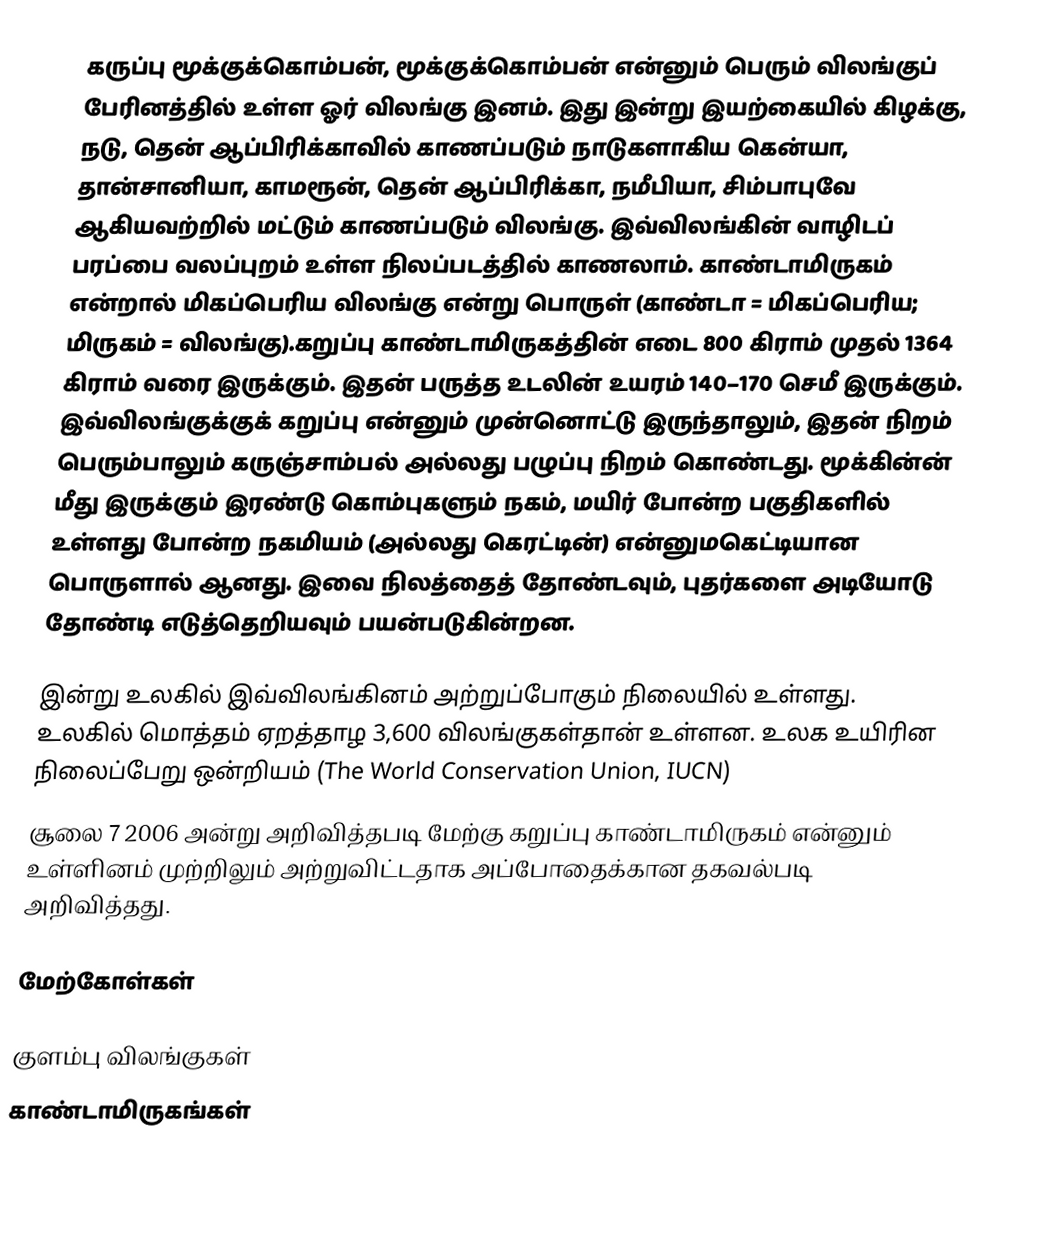
கருப்பு மூக்குக்கொம்பன், மூக்குக்கொம்பன் என்னும் பெரும் விலங்குப் பேரினத்தில் உள்ள ஓர் விலங்கு இனம். இது இன்று இயற்கையில் கிழக்கு, நடு, தென் ஆப்பிரிக்காவில் காணப்படும் நாடுகளாகிய கென்யா, தான்சானியா, காமரூன், தென் ஆப்பிரிக்கா, நமீபியா, சிம்பாபுவே ஆகியவற்றில் மட்டும் காணப்படும் விலங்கு. இவ்விலங்கின் வாழிடப் பரப்பை வலப்புறம் உள்ள நிலப்படத்தில் காணலாம். காண்டாமிருகம் என்றால் மிகப்பெரிய விலங்கு என்று பொருள் (காண்டா = மிகப்பெரிய; மிருகம் = விலங்கு).கறுப்பு காண்டாமிருகத்தின் எடை 800 கிராம் முதல் 1364 கிராம் வரை இருக்கும். இதன் பருத்த உடலின் உயரம் 140–170 செமீ இருக்கும். இவ்விலங்குக்குக் கறுப்பு என்னும் முன்னொட்டு இருந்தாலும், இதன் நிறம் பெரும்பாலும் கருஞ்சாம்பல் அல்லது பழுப்பு நிறம் கொண்டது. மூக்கின்ன் மீது இருக்கும் இரண்டு கொம்புகளும் நகம், மயிர் போன்ற பகுதிகளில் உள்ளது போன்ற நகமியம் (அல்லது கெரட்டின்) என்னுமகெட்டியான பொருளால் ஆனது. இவை நிலத்தைத் தோண்டவும், புதர்களை அடியோடு தோண்டி எடுத்தெறியவும் பயன்படுகின்றன.

இன்று உலகில் இவ்விலங்கினம் அற்றுப்போகும் நிலையில் உள்ளது. உலகில் மொத்தம் ஏறத்தாழ 3,600 விலங்குகள்தான் உள்ளன. உலக உயிரின நிலைப்பேறு ஒன்றியம் (The World Conservation Union, IUCN)
சூலை 7 2006 அன்று அறிவித்தபடி மேற்கு கறுப்பு காண்டாமிருகம் என்னும் உள்ளினம் முற்றிலும் அற்றுவிட்டதாக அப்போதைக்கான தகவல்படி அறிவித்தது.

மேற்கோள்கள்

குளம்பு விலங்குகள்
காண்டாமிருகங்கள்